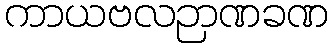
ကာယဗလဉာဏခဏ